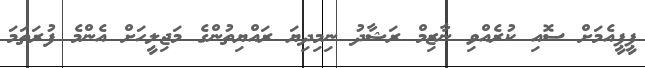
ޕީޕީއެމަށް ސޮއި ކުރެއްވި ނާޒިމް ރަޝާދު ނިމިދިޔަ ރައްޔިތުންގެ މަޖިލީހަށް އެންމެ ފުރަތަމަ